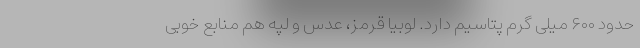
حدود ۶۰۰ میلی گرم پتاسیم دارد. لوبیا قرمز، عدس و لپه هم منابع خوبی